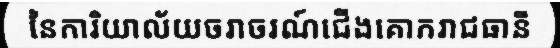
នៃការិយាល័យចរាចរណ៍ជើងគោករាជធានី